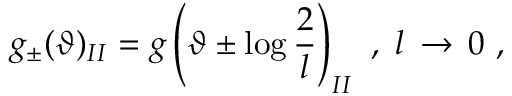
g _ { \pm } ( \vartheta ) _ { I I } = g \left( \vartheta \pm \log \displaystyle \frac { 2 } { l } \right) _ { I I } \, \, , \, \, l \, \rightarrow \, 0 \, \, ,